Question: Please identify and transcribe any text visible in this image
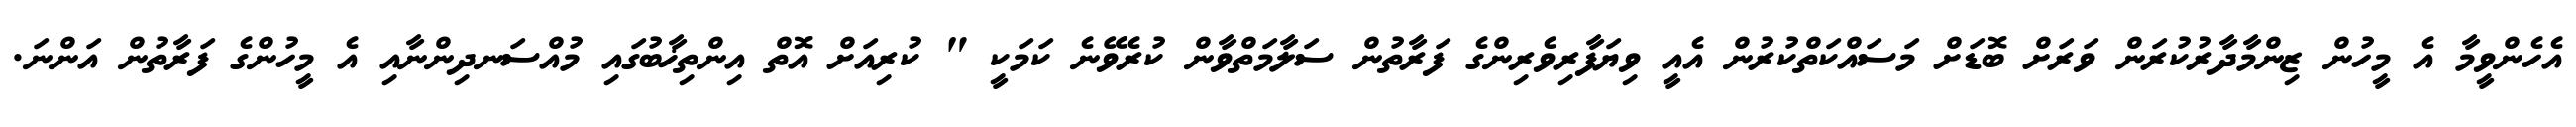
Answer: އެހެންވީމާ އެ މީހުން ޒިންމާދާރުކުރަން ވަރަށް ބޮޑަށް މަސައްކަތްކުރުން އެއީ ވިޔަފާރިވެރިންގެ ފަރާތުން ސަލާމަތްވާން ކުރެވޭނެ ކަމަކީ " ކުރިއަށް އޮތް އިންތިޚާބުގައި މުއްސަނދިންނާއި އެ މީހުންގެ ފަރާތުން އަންނަ.